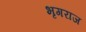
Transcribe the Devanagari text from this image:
भृगराज